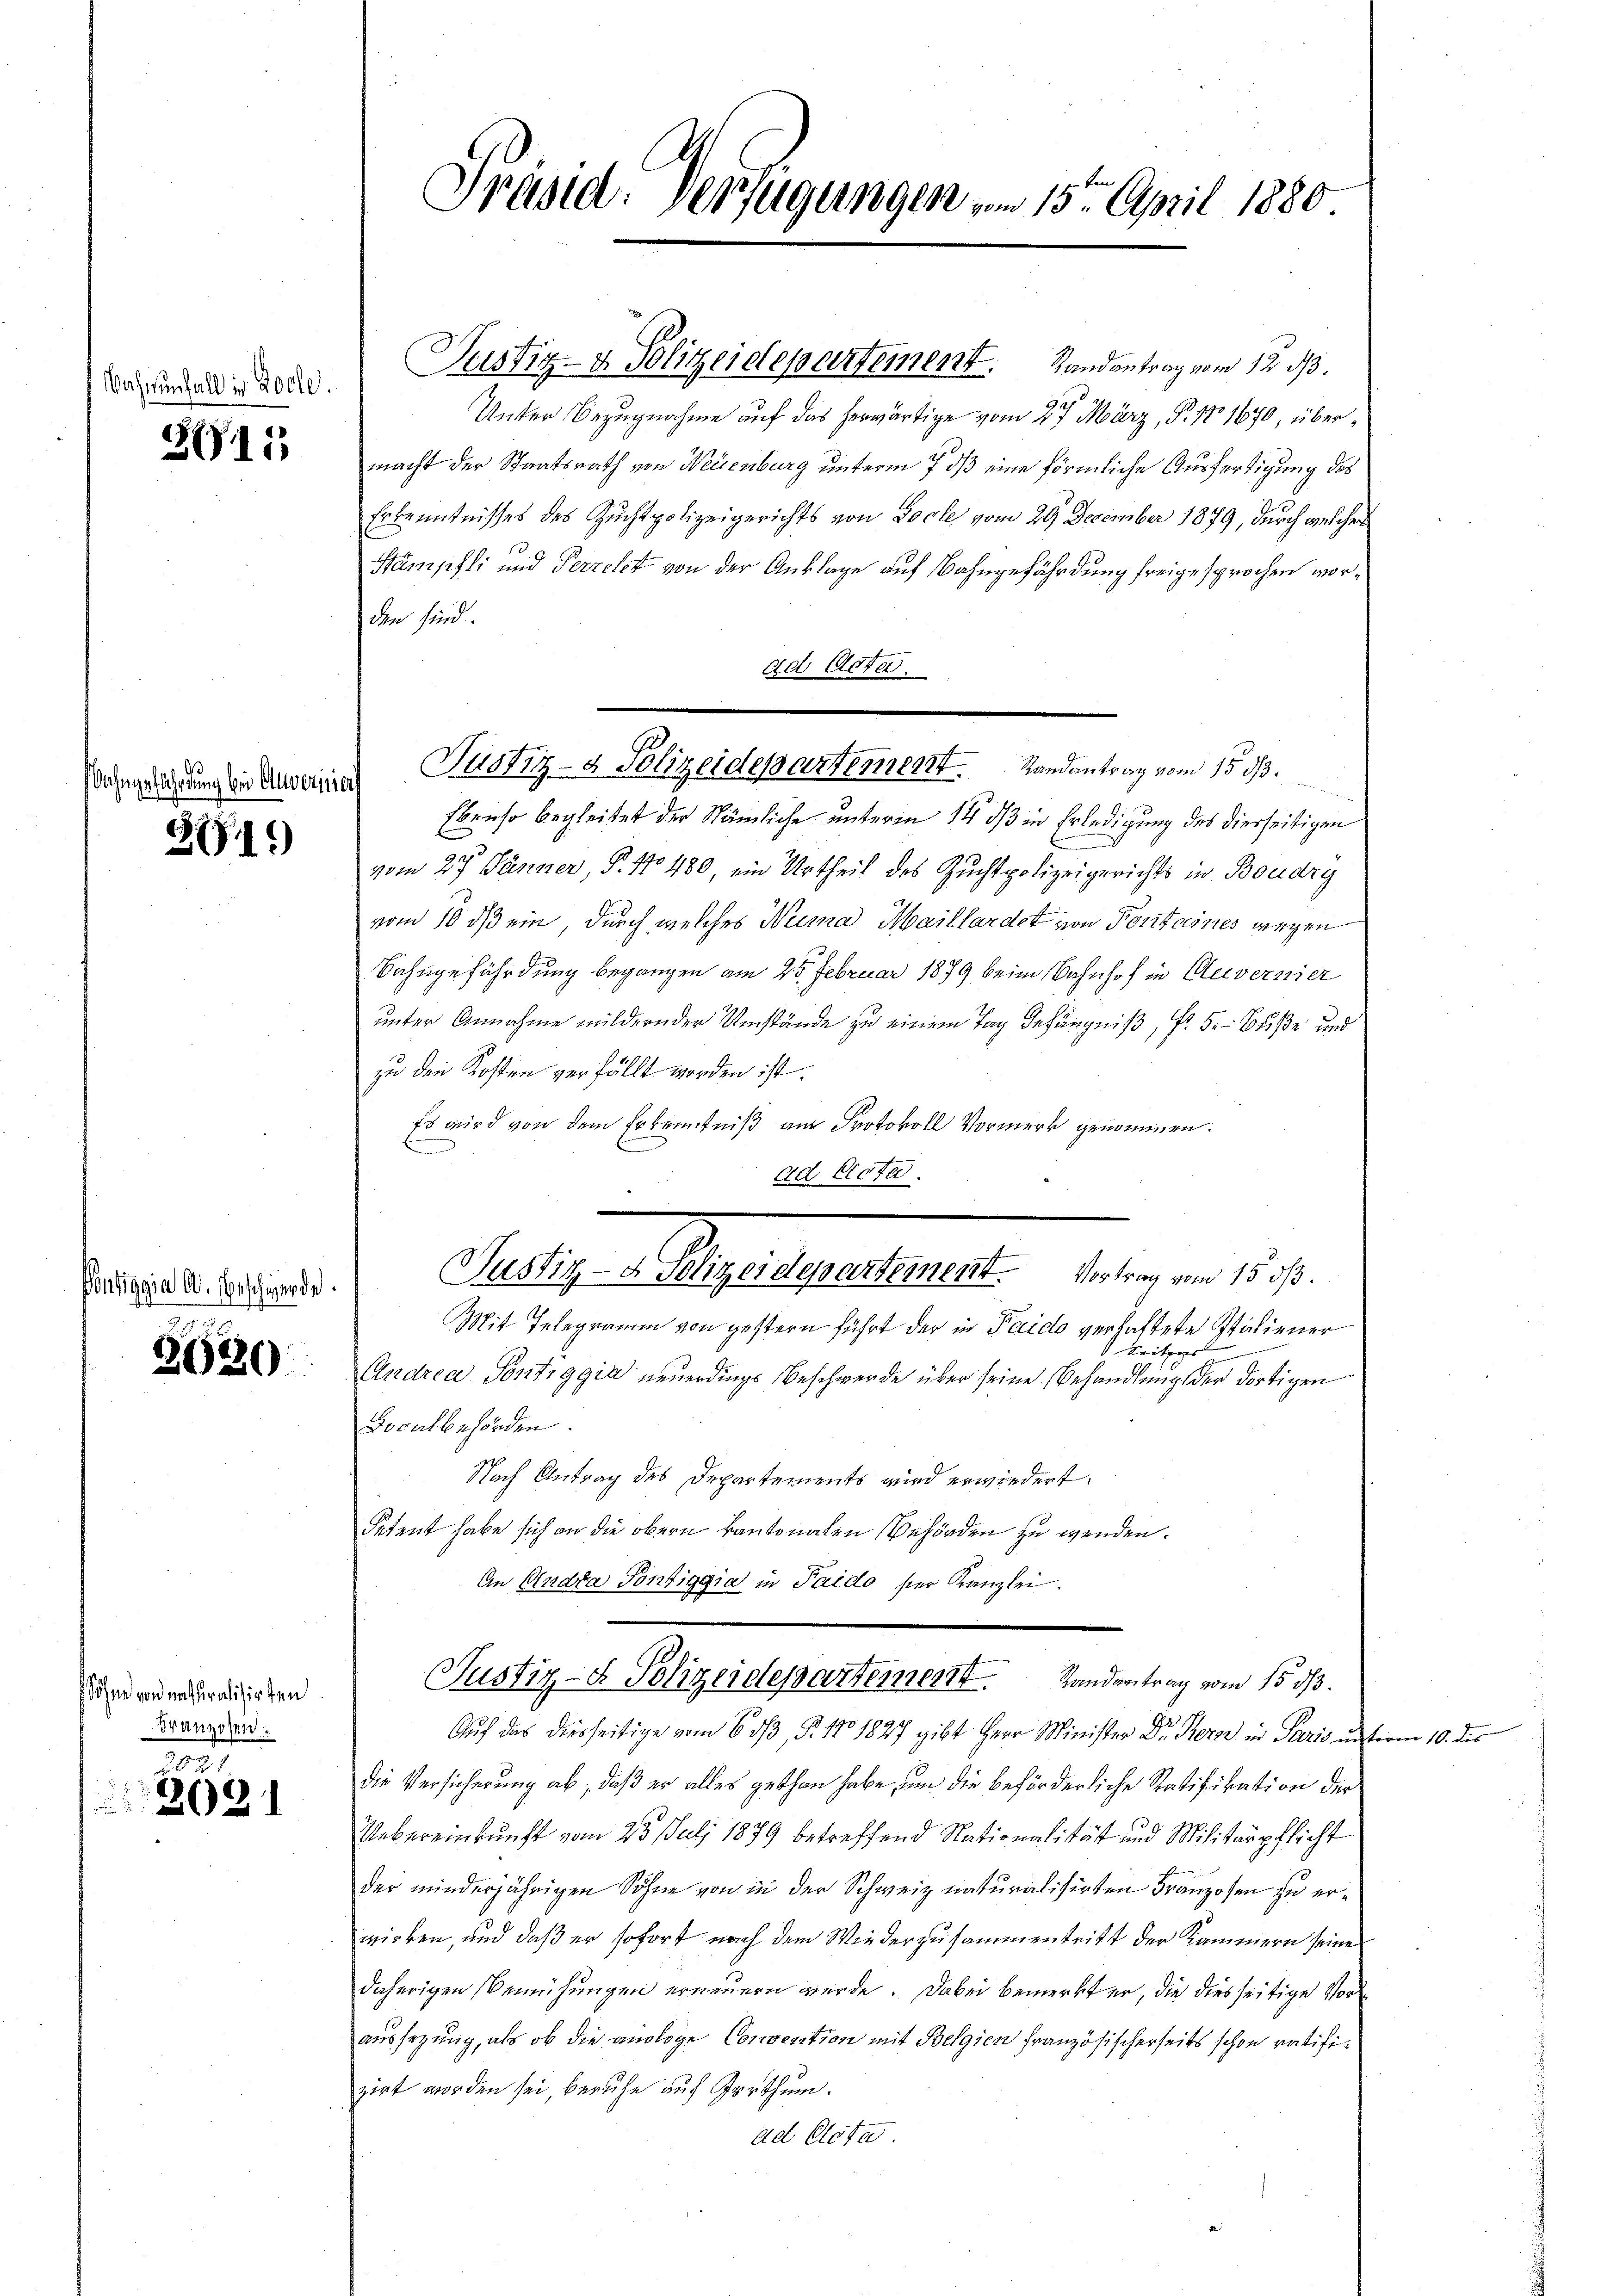
ihnenfall in Loche.

2611)

ahngefährdung bei Anverisier

21)

ontiggia O. Beschäferde

3620

Söhne von naturalisirten
Franzosen:

26 f
2021

Präsid. Verfügungen vom 15. April 1880

Justiz- & Polizeidepartement. Randantrag vom 12. ds.
927
Unter Bezugnahme auf das herwärtige vom 4. März, P. Nr. 1670, übermacht der Staatsrath von Neuenburg unterm 7 dß eine förmliche Ausfertigung des
Erkenntnisses des Zuchtpolizeigerichts von Loche vom 29. December 1879, durch welcher
13
Stämpfli und Perrelet von der Anklage auf Bahngefährdung freigesprochen worden sind.
ad Acte
Ebenso begleitet der Nämliche unterm 11 dß in Erledigung des diesseitigen
vom 27. Jänner, P. Nr. 480 ein Urtheil des Zuchtpolizeigerichts in Boudry
vom 10. ds ein, durch welches Numa Maillardet von Portaines wegen
Sahngefährdung begangen am 25. Februar 1879 beim Bahnhof in Clevernier
unter Annahme mildern der Umstände zu einem Tag befängniß, P. F. Buße und
zu den Kosten verfällt worden ist.
Es wird von dem Erkenntniß am Protokoll Vormerk genommen.
.
ad Dicta.
Maler Aesthalterate beigen 12.
Mit Telegramm von gestern führt der in Paido verhaltete Italiener
Seitzers
Andrea Pontiggia neuerdings Beschwerde über seine Behandlung der dortigen
Localbehörden.
Nach Antrag des Departements wird erwiedert.
Petent habe sich an die obern kantonalen Behörden zu wenden.
An Andra Pontiggia in Paido der Kanzlei.
Justiz- & Polizeidepartement. Landantrag vom 15. ds.
Auf das diesseitige vom 6. dß §. 17. 1827 gibt Herr Minister Dr. Herz in Paris unt
die Versicherung ab, daß er alles gethan habe, um die beförderliche Ratifikation der
Uebereinkunft vom 23. Juli 1879 betreffend Nationalität und Militärpflicht
der minderjährigen Söhne von in der Schweiz naturalisirten Franzosen zu erwirken, und daß er sofort nach dem Wiederzusammentritt der Kammern seine
daherigen Bemühungen erneuern werde. Dabei bemerkt er, die dies seitige Vor
aussezung, als ob die analoge Convention mit Belgien französischerseits schon ratifizirt worden sei, beruhe auf Irrthum.
ad Clota

Justiz- & Polizeidepartement Randantrag vom 15. ds.

m 10. des